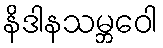
နိဒါနသမ္ဘဝေါ